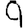
Digit: 9